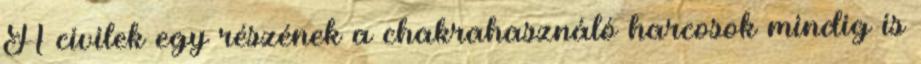
A civilek egy részének a chakrahasználó harcosok mindig is